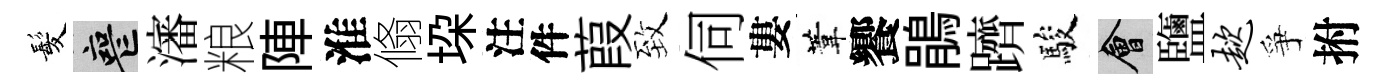
髪喪瀋粮陣淮翛垜注件葭致伺婁葦饗鵑躋駿會鹽趑爭拊